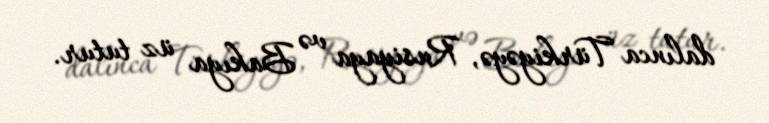
dalınca Türkiyəyə, Rusiyaya və Bakıya üz tutur.